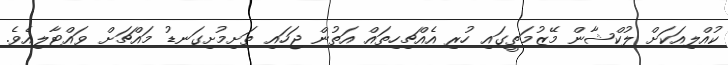
ކުއްލިއަކަށް ލުކްޝާން މޭޒުމަތީގައި ހުރި އެއްޗިހިތައް އަތުން ޖަހައި ތަށިމުށިގަނޑު މައްޗަށް ވައްޓާލިއެވެ.